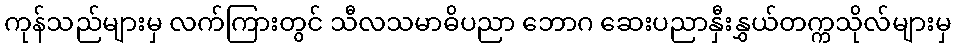
ကုန်သည်များမှ လက်ကြားတွင် သီလသမာဓိပညာ ဘောဂ ဆေးပညာနှီးနွှယ်တက္ကသိုလ်များမှ